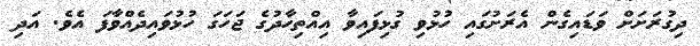
ދިގުރަށަށް ވަޑައިގެން އެރަށުގައި ހުޅުވި ގުޅިފައިވާ އިއްތިހާދުގެ ޖަހަގަ ހުޅުވައިދެއްވާފަ އެވެ. އަދި